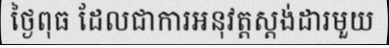
ថ្ងៃពុធ ដែលជាការអនុវត្តស្តង់ដារមួយ